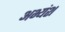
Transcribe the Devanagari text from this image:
अभ्यंश